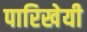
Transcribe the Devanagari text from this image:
पारिखेयी